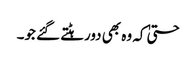
حتیٰ کہ وہ بھی دورہٹتے گئے جو۔